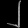
Digit: ၂